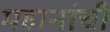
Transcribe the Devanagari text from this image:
महानांची